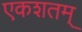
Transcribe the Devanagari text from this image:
एकशतम्